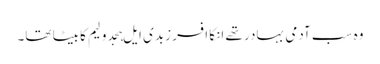
وہ سب آدمی بہادر تھے انکا افسر زبدی ایل ہجدولیم کا بیٹا تھا۔